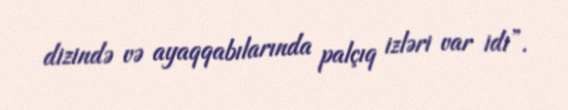
dizində və ayaqqabılarında palçıq izləri var idi”.